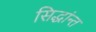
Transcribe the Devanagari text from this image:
सिद्धांन्त